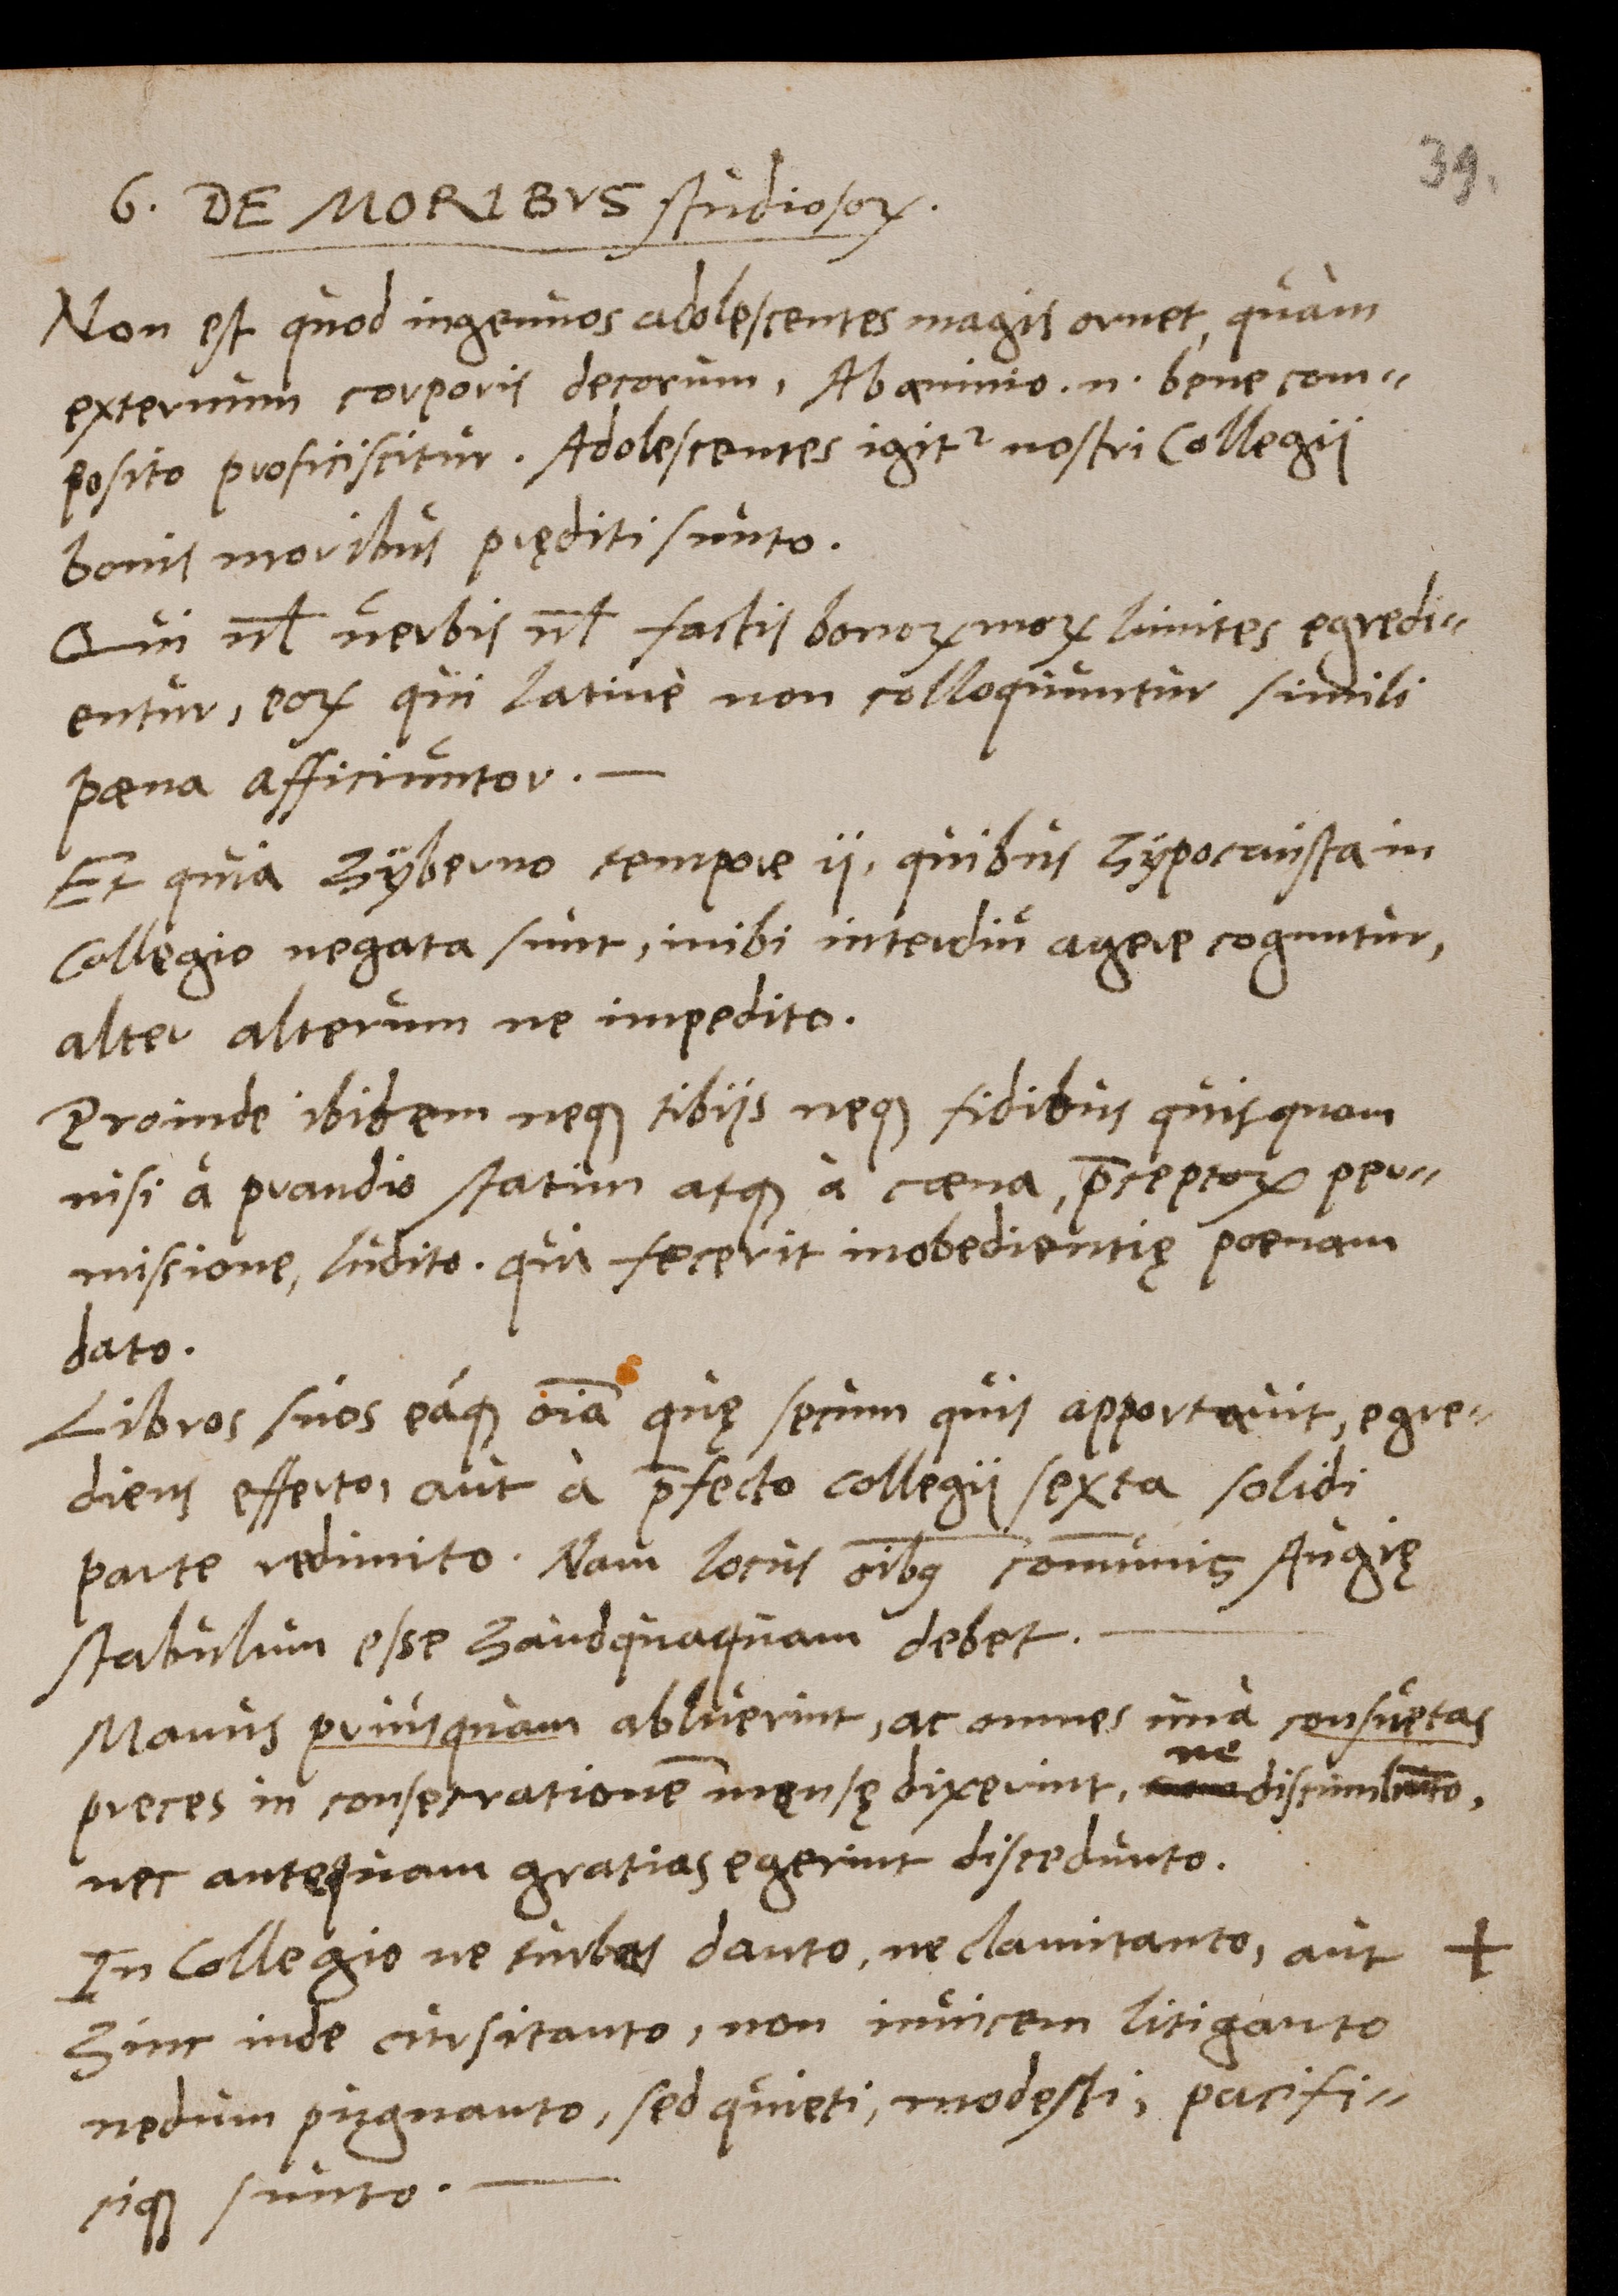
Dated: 1540–1626